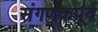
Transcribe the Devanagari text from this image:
संगणकपूर्व